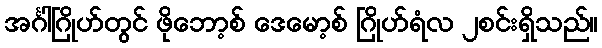
အင်္ဂါဂြိုဟ်တွင် ဖိုဘော့စ် ဒေမော့စ် ဂြိုဟ်ရံလ ၂စင်းရှိသည်။